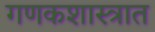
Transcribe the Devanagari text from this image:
गणकशास्त्रात